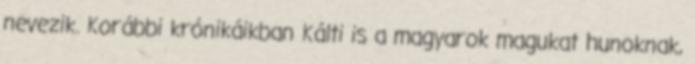
nevezik. Korábbi krónikáikban Kálti is a magyarok magukat hunoknak,